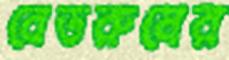
বেডরুমের